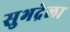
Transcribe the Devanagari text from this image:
सुभद्रेला